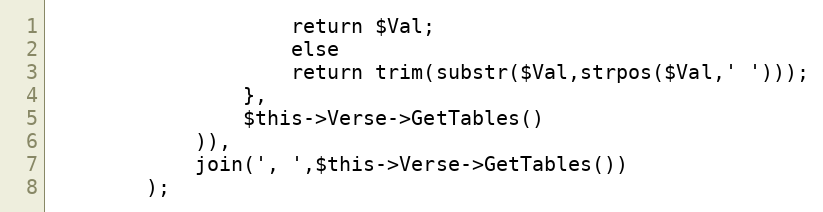
Language: PHP
					return $Val;
					else
					return trim(substr($Val,strpos($Val,' ')));
				},
				$this->Verse->GetTables()
			)),
			join(', ',$this->Verse->GetTables())
		);